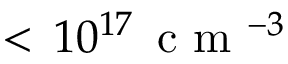
< \, 1 0 ^ { 1 7 } \, \mathrm { ~ c ~ m ~ } ^ { - 3 }